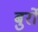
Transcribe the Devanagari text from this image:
बुर्रो